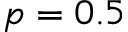
p = 0 . 5